Vaccination in the Punjab 1883-1896 - 1883-1896
Year: 1883
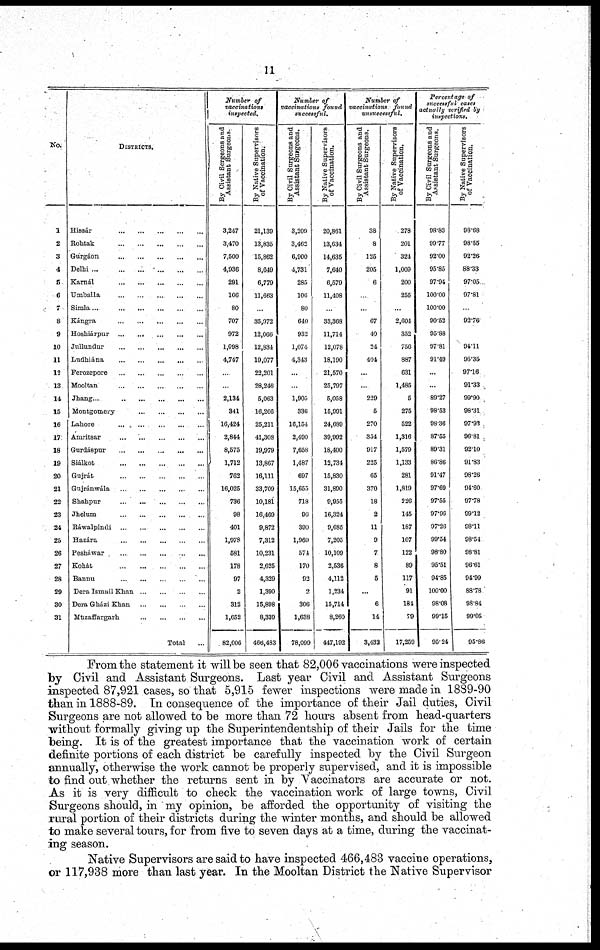
11
No.
1
2
3
4
5
6
7
8
9
10
11
12
13
14
15
16
17
18
19
20
21
22
23
24
25
26
27
28
29
30
31
DISTRICTS.
Hissár
...
...
...
...
...
Rohtak ... ... ... ... ...
Gurgáon
...
...
...
...
...
Delhi
...
...
...
...
...
Karnál
...
...
...
...
...
Umballa
...
...
...
...
...
Simla
...
...
...
...
...
Kángra
...
...
...
...
...
Hoshiárpur
...
...
...
...
...
Jullundur
...
...
...
...
...
Ludhiána
...
...
...
...
...
Ferozepore
...
...
...
...
...
Mooltan
...
...
...
...
...
Jhang
...
...
...
...
...
Montgomery
...
...
...
...
...
Lahore
...
...
...
...
...
Amritsar
...
...
...
...
...
Gurdáspur
...
...
...
...
...
Siálkot
...
...
...
...
...
Gujrát
...
...
...
...
...
Gujránwála
...
...
...
...
...
Shahpur
...
...
...
...
...
Jhelum
...
...
...
...
...
Ráwalpindi
...
...
...
...
...
Hazára
...
...
...
...
...
Pesháwar
...
...
...
...
...
Kohát
...
...
...
...
...
Bannu
...
...
...
...
...
Dera Ismail Khan ... ... ... ...
Dera Gházi Khan
...
...
...
...
Muzaffargarh
...
...
...
...
...
Total ...
Number of
vaccinations
inspected.
By Civil Sergeons and
Assistant Surgeons.
3,247
3,470
7,500
4,936
291
106
80
707
972
1,098
4,747
...
...
2,134
341
16,424
2,844
8,575
1,712
762
16,025
736
98
401
1,978
581
178
97
2
312
1,652
82,006
By Native Supervisors
of Vaccination.
21,139
13,835
15,862
8,649
6,779
11,663
...
35,972
12,066
12,834
19,077
22,201
28,246
5,063
16,266
25,211
41,308
19,979
13,867
16,111
33,709
10,181
16,469
9,872
7,312
10,231
2,625
4,329
1,390
15,898
8,339
466,483
Number of
vaccinations found
successful.
By Civil Surgeons and
Assistant Surgeons.
3,209
3,462
6,900
4,731
285
106
80
640
932
1,071
4,343
...
...
1,905
336
16,151
2,490
7,658
1,487
697
15,655
718
96
390
1,969
574
170
92
2
306
1,638
78,099
By Native Supervisors
of Vaccination.
20,861
13,634
14,635
7,640
6,579
11,408
...
33,368
11,714
12,078
18,190
21,570
25,797
5,058
15,991
24,689
39,992
18,400
12,734
15,830
31,890
9,955
16,324
9,685
7,205
10,109
2,536
4,112
1,234
15,714
8,260
447,192
Number of
vaccinations found
unsuccessful.
By Civil Surgeons and
Assistant Surgeons.
38
8
125
205
6
...
67
40
24
404
...
...
229
5
270
354
917
225
65
370
18
2
11
9
7
8
5
...
6
14
3,432
By Native Supervisors
of Vaccination.
278
201
321
1,000
200
255
...
2,604
352
756
887
631
1,485
5
275
522
1,316
1,579
1,133
281
1,819
226
145
187
107
122
89
117
91
181
79
17,259
Percentage of
successful cases
actually verified by
inspections.
By Civil Surgeons and
Assistant Surgeons.
98.83
99.77
92.00
95.85
97.94
100.00
100.00
90.52
95.88
97.81
91.49
...
...
89.27
98.53
98.36
87.55
89.31
86.86
91.47
97.69
97.55
97.96
97.26
99.54
98.80
95.51
94.85
100.00
98.08
99.15
95.24
By Native Supervisors
of Vaccination.
98.68
98.55
92.26
88.33
97.05
97.81
92.76
94.11
95.35
97.16
91.33
99.90
98.31
97.93
96.81
92.10
91.83
98.26
94.60
97.78
99.12
98.11
98.51
98.81
96.61
94.99
88.78
98.84
99.05
95.86
From the statement it will be seen that 82,006 vaccinations were inspected
by Civil and Assistant Surgeons. Last year Civil and Assistant Surgeons
inspected 87,921 cases, so that 5,915 fewer inspections were made in 1889-90
than in 1888-89. In consequence of the importance of their Jail duties, Civil
Surgeons are not allowed to be more than 72 hours absent from head-quarters
without formally giving up the Superintendentship of their Jails for the time
being. It is of the greatest importance that the vaccination work of certain
definite portions of each district be carefully inspected by the Civil Surgeon
annually, otherwise the work cannot be properly supervised, and it is impossible
to find out whether the returns sent in by Vaccinators are accurate or not.
As it is very difficult to check the vaccination work of large towns, Civil
Surgeons should, in my opinion, be afforded the opportunity of visiting the
rural portion of their districts during the winter months, and should be allowed
to make several tours, for from five to seven days at a time, during the vaccinat-
ing season.
Native Supervisors are said to have inspected 466,483 vaccine operations,
or 117,938 more than last year. In the Mooltan District the Native Supervisor